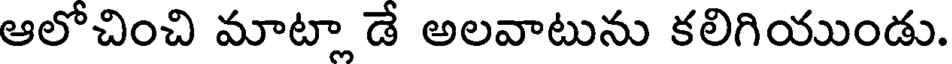
ఆలోచించి మాట్లా డే అలవాటును కలిగియుండు.